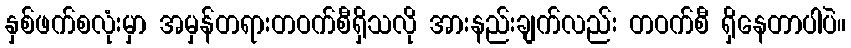
နှစ်ဖက်စလုံးမှာ အမှန်တရားတဝက်စီရှိသလို အားနည်းချက်လည်း တဝက်စီ ရှိနေတာပါပဲ။